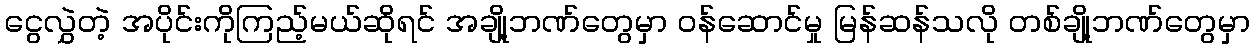
ငွေလွှဲတဲ့ အပိုင်းကိုကြည့်မယ်ဆိုရင် အချို့ဘဏ်တွေမှာ ဝန်ဆောင်မှု မြန်ဆန်သလို တစ်ချို့ဘဏ်တွေမှာ